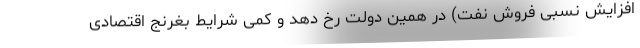
افزایش نسبی فروش نفت) در همین دولت رخ دهد و کمی شرایط بغرنج اقتصادی